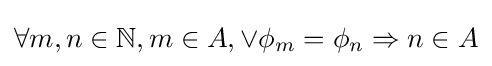
\forall m,n\in \mathbb {N} ,m\in A,\vee \phi _{m}=\phi _{n}\Rightarrow n\in A